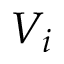
V _ { i }